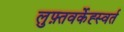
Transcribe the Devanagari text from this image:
लुफ़्तवर्केह्स्वर्त